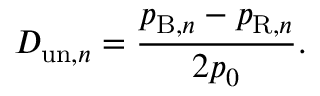
D _ { \mathrm { u n } , n } = \frac { p _ { \mathrm { B } , n } - p _ { \mathrm { R } , n } } { 2 p _ { 0 } } .